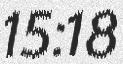
15:18